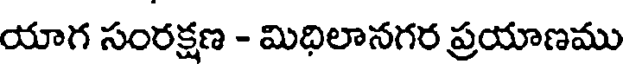
యాగ సంరక్షణ - మిధిలానగర ప్రయాణము